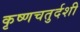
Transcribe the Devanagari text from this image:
कृष्णचतुर्दशी